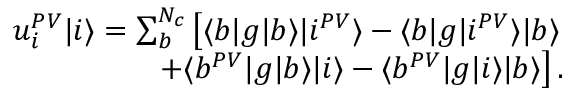
\begin{array} { r } { u _ { i } ^ { P V } | i \rangle = \sum _ { b } ^ { N _ { c } } \left[ \langle b | g | b \rangle | i ^ { P V } \rangle - \langle b | g | i ^ { P V } \rangle | b \rangle \right. } \\ { \left. + \langle b ^ { P V } | g | b \rangle | i \rangle - \langle b ^ { P V } | g | i \rangle | b \rangle \right] . } \end{array}